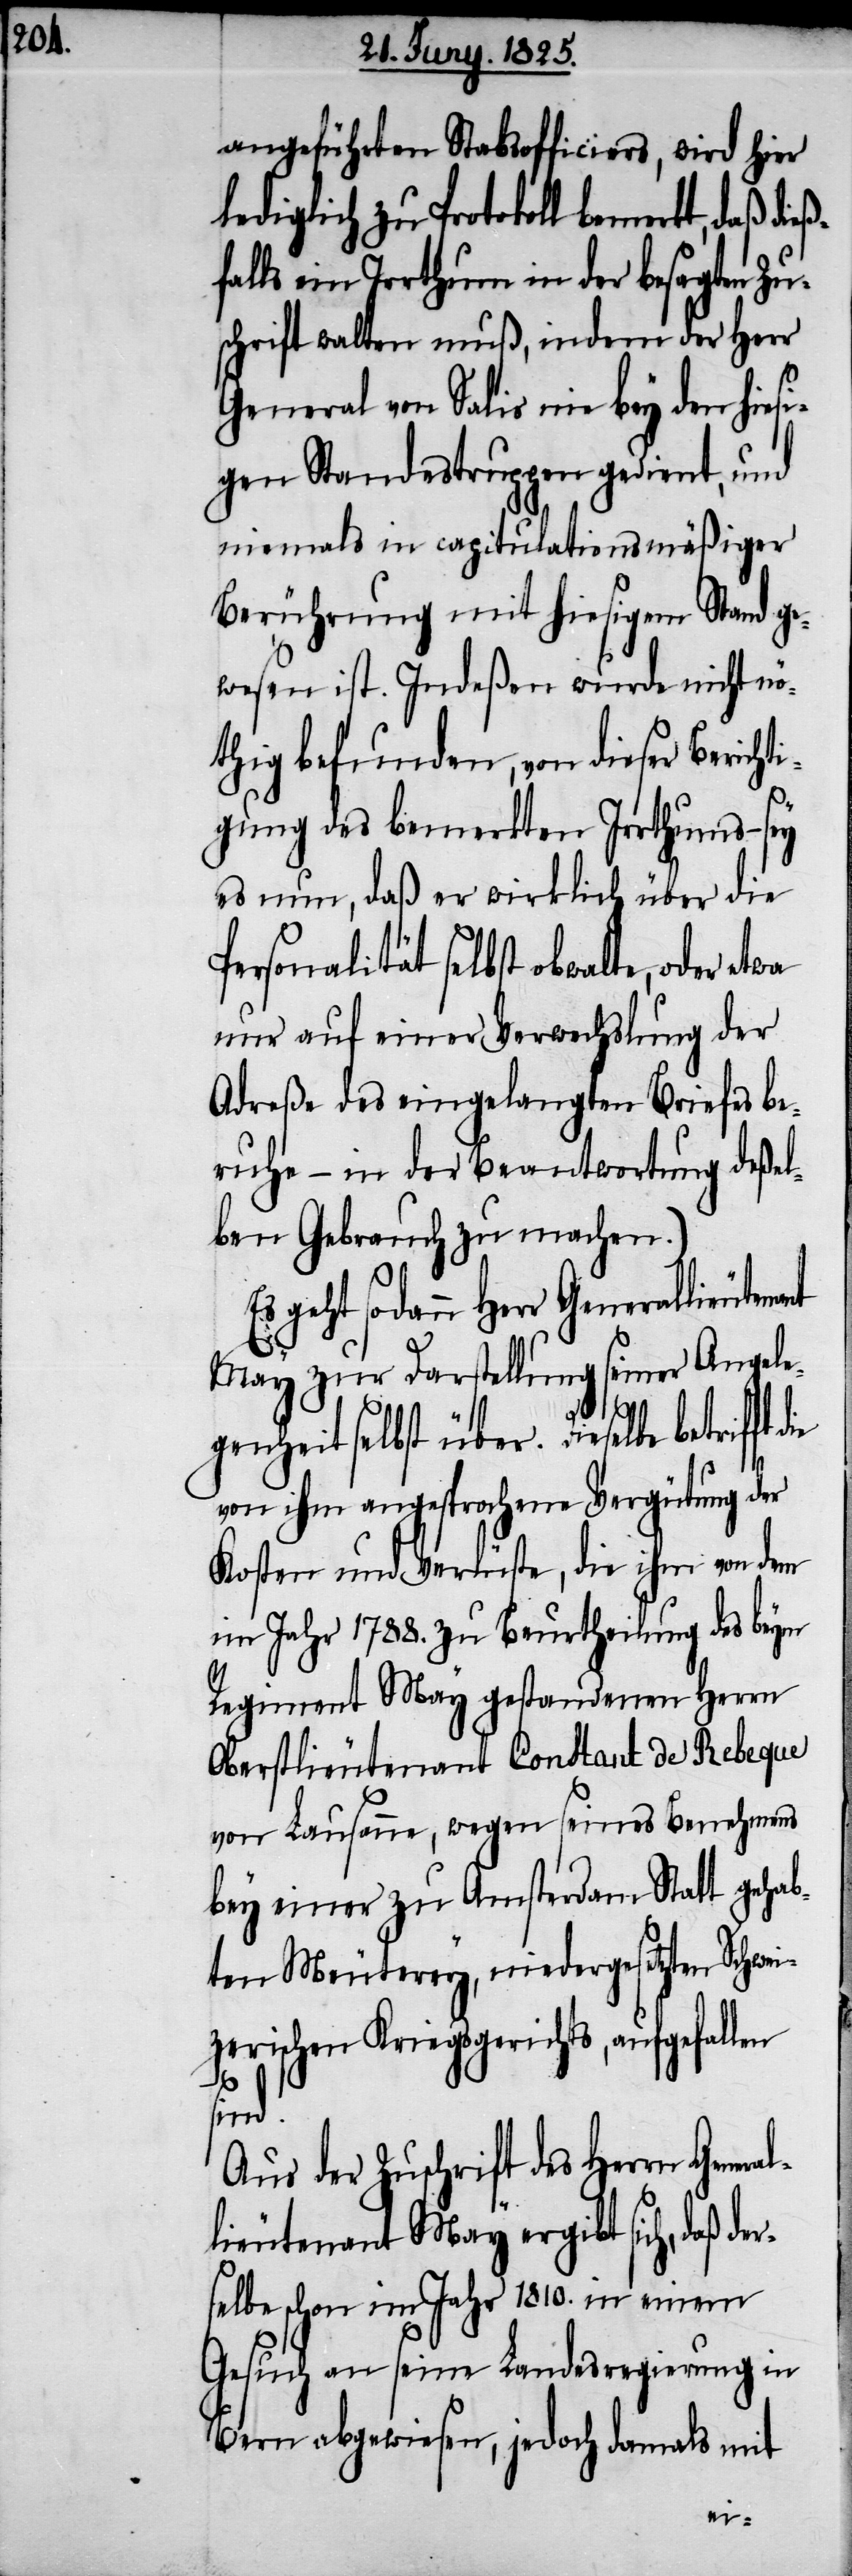
angeführten Stabsofficiers, wird hier
lediglich zu Protokoll bemerkt, daß
falls ein Irrthum in der besagten Zu¬
schrift walten muß, indem der Herr
General von Salis nie bey den hies¬
igen Standestruppen gedient, und
niemals in capitulationsmäßiger
Berührung mit hiesigem Stand ge¬
wesen ist. Indeßen wurde nicht nö¬
thig befunden, von dieser Berich¬
gung des bemeldten Irrthums – sei
es nun, daß er wirklich über die
Personalität selbst obwalte, oder etwa
nur auf einer Verwechslung der
Adreße des eingelangten Briefes be¬
ruhe – in der Beantwortung deßel¬
ben Gebrauch zu machen.)
geht sodann Herr Generallieuten¬
May zur Darstellung seiner Angele¬
ral¬
genheit selbst über. Dieselbe betrifft die
von ihm angesprochene Vergütung der
Kosten und Verlüste, die ihm von dem
im Jahr 1788. zu Beurtheilung des beym
Regiment May gestandenen Herrn
Oberstlieutenant Constant de Rebeque
von Lausanne, wegen seines Benehmens
bey einer zu Amsterdam Statt gehab¬
ten Meuterey, niedergesetzten Schwei¬
zerischen Kriegsgerichts, aufgefallen
sind.
Aus der Zuschrift des Herrn Gene¬
lieutenant May ergibt sich, daß de¬
rselbe schon im Jahr 1810. in einem
Gesuch an seine Landesregierung in
Bern abgewiesen, jedoch damals mit
ti¬